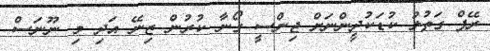
ރޭޕް ގަތުލު ކުޑަކުދީންނަށް ޖިންސީ ގޯނާ ކުރުން ޒިނޭ އަދި މި ނޫނަސް